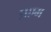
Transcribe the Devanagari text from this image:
प्रएम